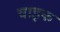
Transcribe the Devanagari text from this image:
वाइक